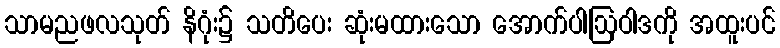
သာမညဖလသုတ် နိဂုံး၌ သတိပေး ဆုံးမထားသော အောက်ပါဩဝါဒကို အထူးပင်